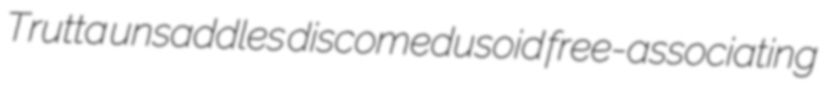
Trutta unsaddles discomedusoid free-associating